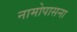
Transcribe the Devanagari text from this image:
नामोपासना